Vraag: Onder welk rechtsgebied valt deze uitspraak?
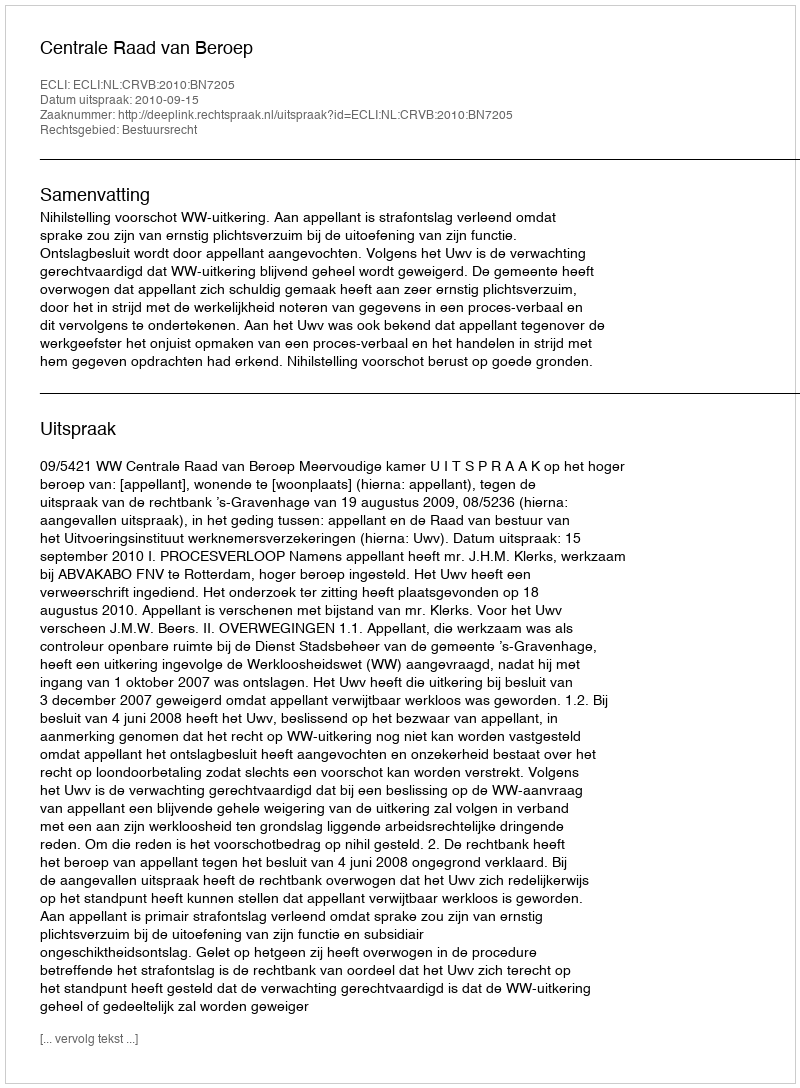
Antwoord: Bestuursrecht